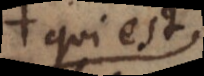
qui est